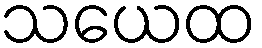
သယေထ